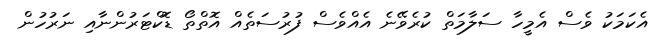
އެކަމަކު ވެސް އެމީހާ ސަލާމަތް ކުރެވޭނެ އެއްވެސް ފުރުސަތެއް އޮތްތޯ ޑޮކްޓަރުންނާއި ނަރުހުން